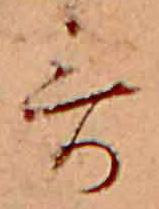
哥